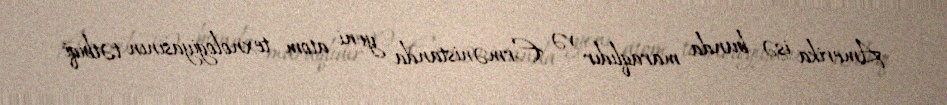
Amerika isə bunda maraqlıdır və Ermənistanda yeni atom texnologiyasının tətbiqi